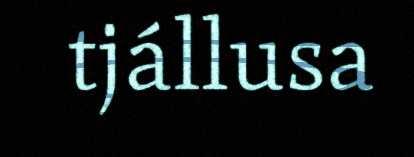
tjállusa